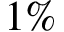
1 \%